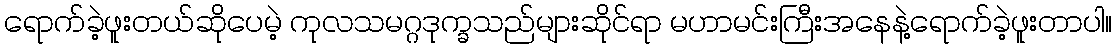
ရောက်ခဲ့ဖူးတယ်ဆိုပေမဲ့ ကုလသမဂ္ဂဒုက္ခသည်များဆိုင်ရာ မဟာမင်းကြီးအနေနဲ့ရောက်ခဲ့ဖူးတာပါ။